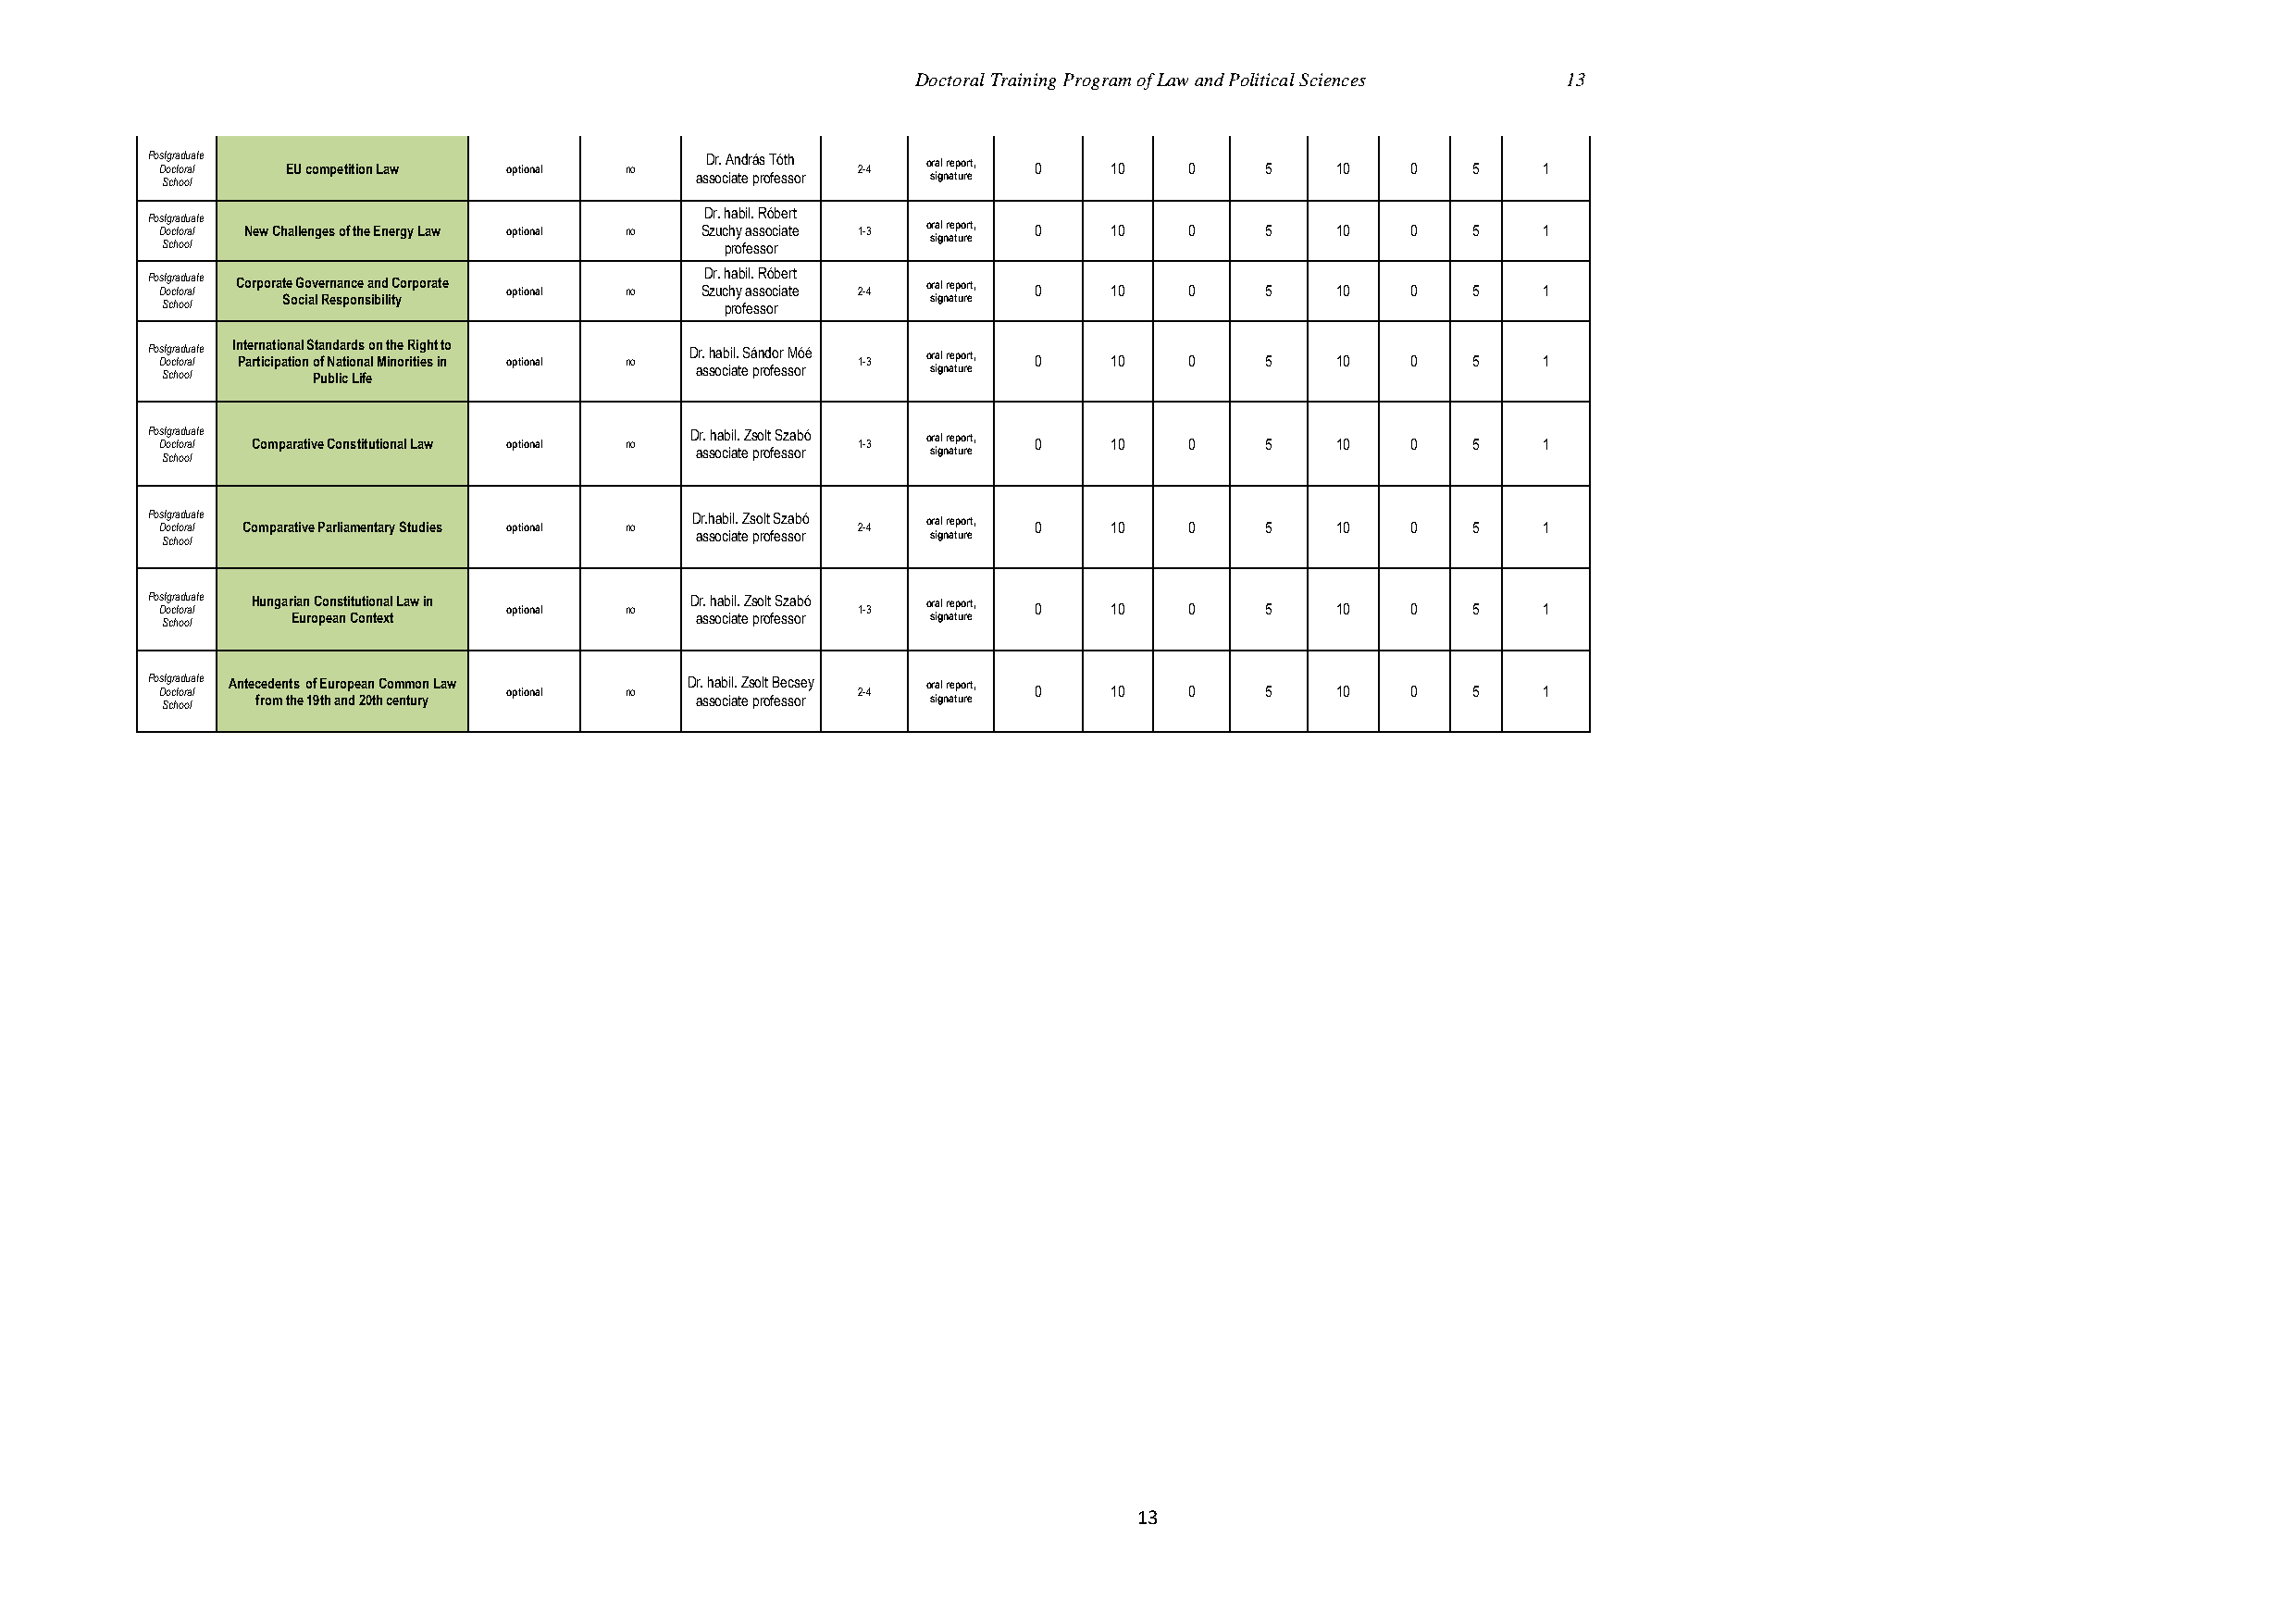
Doctoral Training Program of Law and Political Sciences 13
 Po Dst og cra tod ru aa l te EU competition Law optional no Dr. András Tóth 2-4 oral report, 0 10 0 5 10 0 5 1
 associate professor signature
 School
 Dr. habil. Róbert
 Po Dst og cra tod ru aa
 l
 te
 New Challenges of the Energy Law optional no Szuchy associate 1-3 oral report, 0 10 0 5 10 0 5 1
 signature
 School                                  professor
 Dr. habil. Róbert
 Po Dst og cra tod ru aa l te Corporate Governance and Corporate optional no Szuchy associate 2-4 oral report, 0 10 0 5 10 0 5 1
 Social Responsibility                         signature
 School                                  professor
 Po Dst og cra tod ru aa l te In Pt ae rr tn ica it pio an tia ol n S ota f n Nd aa tir od ns a o l n M t ih ne o rR iti ig eh s t i nto optional no Dr. habil. Sándor Móé 1-3 oral report, 0 10 0 5 10 0 5 1
 associate professor signature
 School    Public Life
 Po Dst og cra tod ru aa l te Comparative Constitutional Law optional no Dr. habil. Zsolt Szabó 1-3 oral report, 0 10 0 5 10 0 5 1
 associate professor signature
 School
 Po Dst og cra tod ru aa l te Comparative Parliamentary Studies optional no Dr.habil. Zsolt Szabó 2-4 oral report, 0 10 0 5 10 0 5 1
 associate professor signature
 School
 Po Dst og cra tod ru aa l te Hungarian Constitutional Law in optional no Dr. habil. Zsolt Szabó 1-3 oral report, 0 10 0 5 10 0 5 1
 European Context             associate professor signature
 School
 Po Dst og cra tod ru aa l te Antecedents of European Common Law optional no Dr. habil. Zsolt Becsey 2-4 oral report, 0 10 0 5 10 0 5 1
 from the 19th and 20th century  associate professor signature
 School
 13